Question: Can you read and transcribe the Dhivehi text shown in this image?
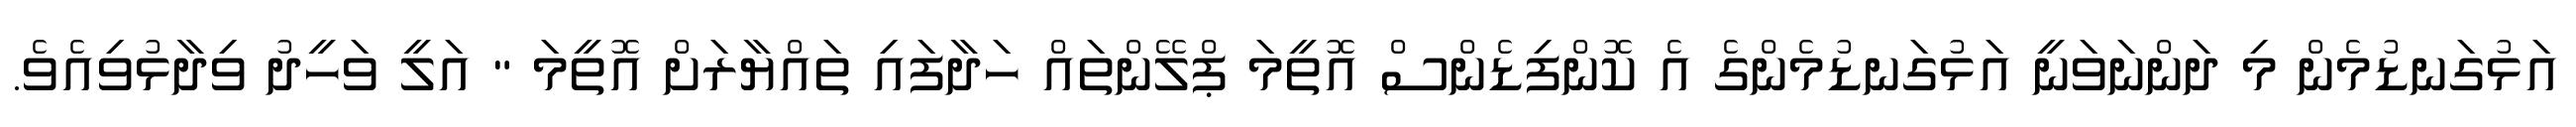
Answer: އަޅުގަނޑުމެން މި ދަންނަވަނީ އަޅުގަނޑުމެންގެ އެ ކޮންފިޑެންސް އޮތީމަ ޕްލޭންތައް ހަދާފައި ތައްޔާރަށް އޮތީމަ " އަލީ ވަހީދު ވިދާޅުވިއެވެ.